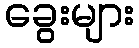
ခွေးများ